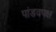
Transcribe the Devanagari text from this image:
पांडवपक्ष